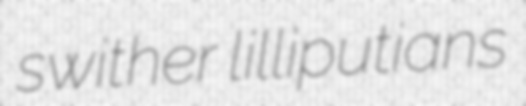
swither lilliputians